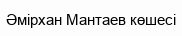
Әмірхан Мантаев көшесі